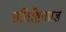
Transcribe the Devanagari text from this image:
प्रतिष्ठितप्रज्ञ